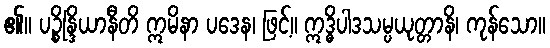
၏။ ပဉ္စိန္ဒြိယာနီတိ ဣမိနာ ပဒေန၊ ဖြင့်။ ဣဒ္ဓိပါဒသမ္ပယုတ္တာနိ၊ ကုန်သော။